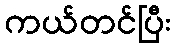
ကယ်တင်ပြီး